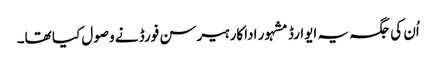
اُن کی جگہ یہ ایوارڈ مشہور اداکار ہیرسن فورڈ نے وصول کیا تھا۔